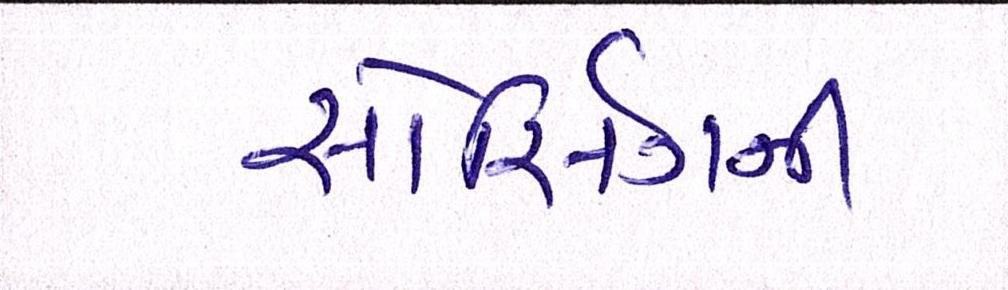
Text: સોર્સિંગની